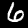
Digit: 6